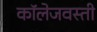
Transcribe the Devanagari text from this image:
कॉलेजवस्ती